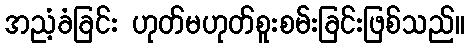
အညံ့ခံခြင်း ဟုတ်မဟုတ်စူးစမ်းခြင်းဖြစ်သည်။